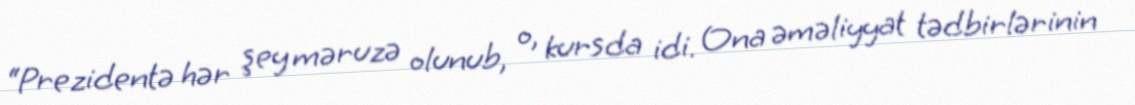
“Prezidentə hər şey məruzə olunub, o, kursda idi. Ona əməliyyat tədbirlərinin